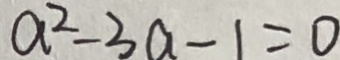
a ^ { 2 } - 3 a - 1 = 0